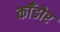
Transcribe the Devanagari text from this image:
काँडोर